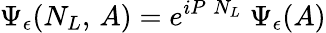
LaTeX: \Psi_{\epsilon}(N_{L},\, A)=e^{{i}P\; N_{L}}\; \Psi_{\epsilon}(A)